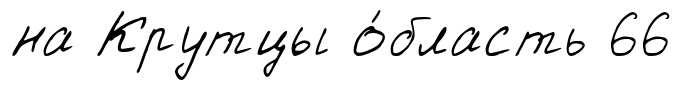
на Крутцы о́бласть 66